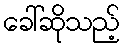
ခေါ်ဆိုသည့်